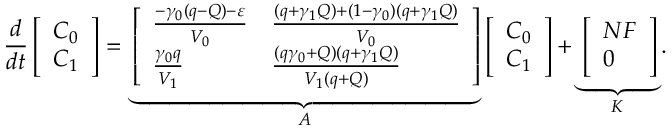
\frac { d } { d t } \left[ \begin{array} { l } { C _ { 0 } } \\ { C _ { 1 } } \end{array} \right] = \underbrace { \left[ \begin{array} { l l } { \frac { - \gamma _ { 0 } ( q - Q ) - \varepsilon } { V _ { 0 } } } & { \frac { ( q + \gamma _ { 1 } Q ) + ( 1 - \gamma _ { 0 } ) ( q + \gamma _ { 1 } Q ) } { V _ { 0 } } } \\ { \frac { \gamma _ { 0 } q } { V _ { 1 } } } & { \frac { ( q \gamma _ { 0 } + Q ) ( q + \gamma _ { 1 } Q ) } { V _ { 1 } ( q + Q ) } } \end{array} \right] } _ { A } \left[ \begin{array} { l } { C _ { 0 } } \\ { C _ { 1 } } \end{array} \right] + \underbrace { \left[ \begin{array} { l } { N F } \\ { 0 } \end{array} \right] } _ { K } .